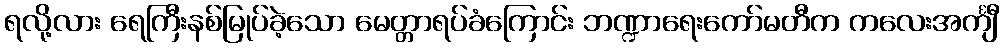
ရလို့လား ရေကြီးနစ်မြုပ်ခဲ့သော မေတ္တာရပ်ခံကြောင်း ဘဏ္ဍာရေးကော်မတီက ကလေးအင်္ကျီ